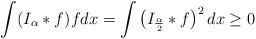
LaTeX: \begin{align*} \aligned \int(I_\alpha\ast f)fdx=\int\left(I_{\frac{\alpha}{2}}\ast f\right)^2dx \geq0 \endaligned \end{align*}